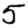
Digit: 5